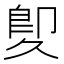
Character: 𠨠